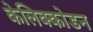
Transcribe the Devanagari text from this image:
केलिक्कोडन